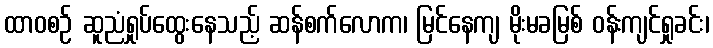
ထာဝစဉ် ဆူညံရှုပ်ထွေးနေသည့် ဆန်စက်လောက၊ မြင်နေကျ မိုးမခမြစ် ဝန်းကျင်ရှုခင်း၊